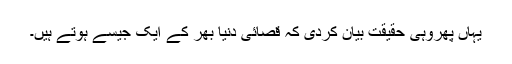
یہاں پھروہی حقیقت بیان کردی کہ قصائی دُنیا بھر کے ایک جیسے ہوتے ہیں۔